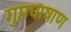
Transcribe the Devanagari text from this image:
गुप्तपाषाण